Malaria in the Punjab - Number 46
Disease focus: Malaria
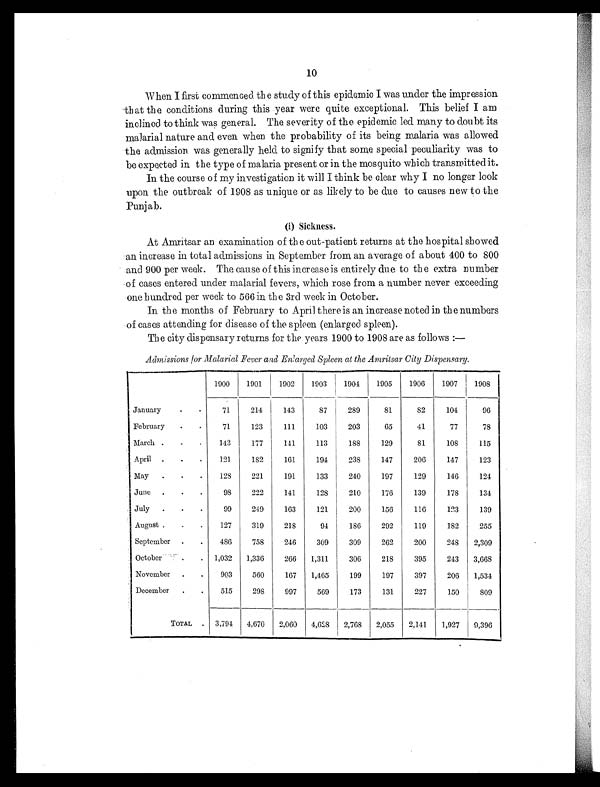
10
When I first commenced the study of this epidemic I was under the impression
that the conditions during this year were quite exceptional. This belief I am
inclined to think was general. The severity of the epidemic led many to doubt its
malarial nature and even when the probability of its being malaria was allowed
the admission was generally held to signify that some special peculiarity was to
be expected in the type of malaria present or in the mosquito which transmitted it.
In the course of my investigation it will I think be clear why I no longer look
upon the outbreak of 1908 as unique or as likely to be due to causes new to the
Punjab.
(i) Sickness.
At Amritsar an examination of the out-patient returns at the hospital showed
an increase in total admissions in September from an average of about 400 to 800
and 900 per week. The cause of this increase is entirely due to the extra number
of cases entered under malarial fevers, which rose from a number never exceeding
one hundred per week to 566 in the 3rd week in October.
In the months of February to April there is an increase noted in the numbers
of cases attending for disease of the spleen (enlarged spleen).
The city dispensary returns for the years 1900 to 1908 are as follows :—
Admissions for Malarial Fever and Enlarged Spleen at the Amritsar City Dispensary.
1900
1901
1902
1903
1904
1905
1906
1907
1908
January
.
.
71
214
143
87
289
81
82
104
96
February
.
.
71
123
111
103
203
65
41
77
78
March .
.
.
143
177
141
113
188
129
81
108
115
April .
.
.
121
182
161
194
238
147
206
147
123
May
.
.
.
128
221
191
133
240
197
129
146
124
June
.
.
.
98
222
141
128
210
176
139
178
134
July
.
.
.
99
249
163
121
200
156
116
123
139
August .
.
.
127
319
218
94
186
292
119
182
255
September .
.
486
758
246
309
309
262
200
248
2,309
October
.
.
1,032
1,336
266
1,311
306
218
395
243
3,668
November
.
.
903
560
167
1,465
199
197
397
206
1,534
December
.
.
515
298
997
569
173
131
227
150
809
TOTAL . 3,794
4,670
2,060
4,628
2,768
2,055
2,141
1,927
9,396